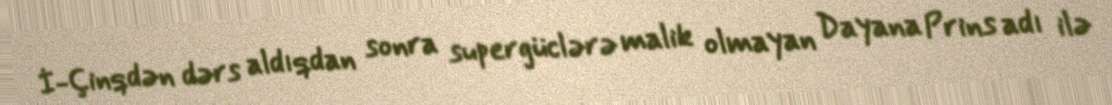
İ-Çinqdən dərs aldıqdan sonra supergüclərə malik olmayan Dayana Prins adı ilə